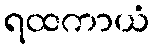
ရထကာယံ